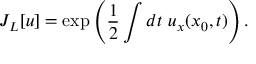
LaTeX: J _ { L } [ u ] = \exp \left( \frac { 1 } { 2 } \int d t ~ u _ { x } ( x _ { 0 } , t ) \right) .